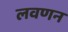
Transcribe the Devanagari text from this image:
लवणन